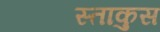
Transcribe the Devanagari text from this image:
स्ताकुस